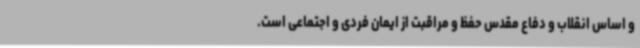
و اساس انقلاب و دفاع مقدس حفظ و مراقبت از ایمان فردی و اجتماعی ا‌ست.